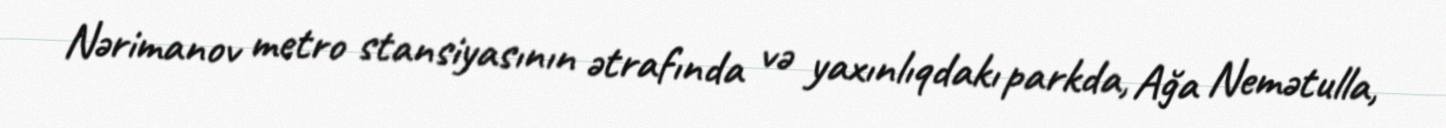
Nərimanov metro stansiyasının ətrafında və yaxınlıqdakı parkda, Ağa Nemətulla,